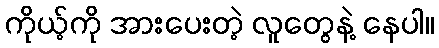
ကိုယ့်ကို အားပေးတဲ့ လူတွေနဲ့ နေပါ။